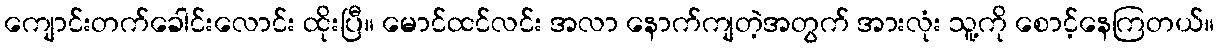
ကျောင်းတက်ခေါင်းလောင်း ထိုးပြီ။ မောင်ထင်လင်း အလာ နောက်ကျတဲ့အတွက် အားလုံး သူ့ကို စောင့်နေကြတယ်။